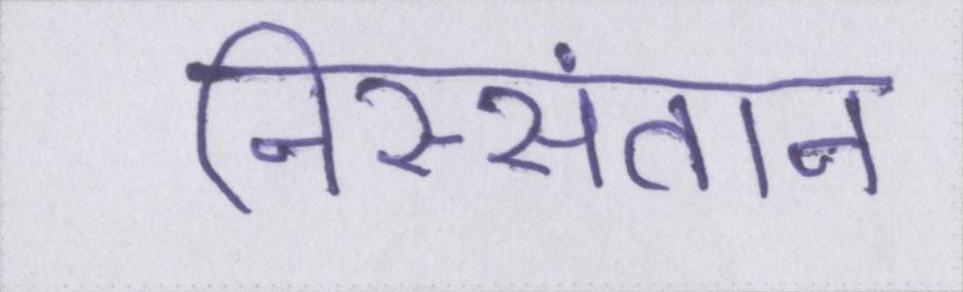
निस्संतान